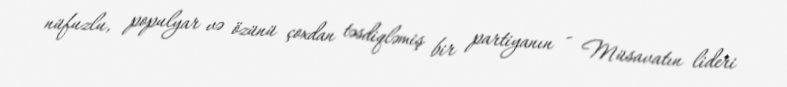
nüfuzlu, populyar və özünü çoxdan təsdiqləmiş bir partiyanın - Müsavatın lideri